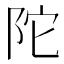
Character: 陀